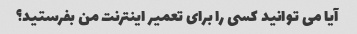
آیا می توانید کسی را برای تعمیر اینترنت من بفرستید؟